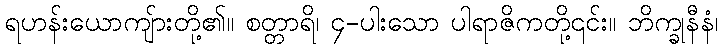
ရဟန်းယောကျ်ားတို့၏။ စတ္တာရိ၊ ၄-ပါးသော ပါရာဇိကတို့၎င်း။ ဘိက္ခုနီနံ၊